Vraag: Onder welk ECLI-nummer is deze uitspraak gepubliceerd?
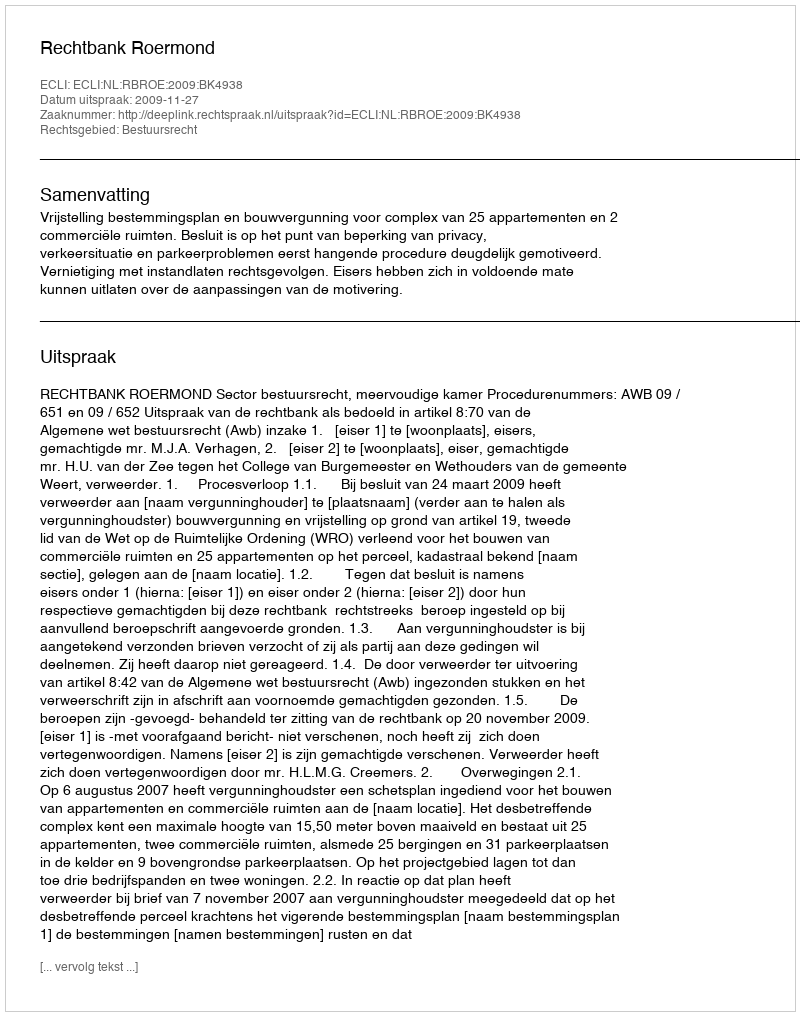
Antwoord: ECLI:NL:RBROE:2009:BK4938